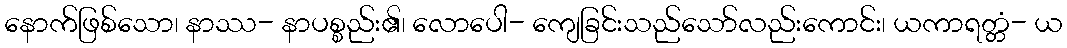
နောက်ဖြစ်သော၊ နာဿ- နာပစ္စည်း၏၊ လောပေါ- ကျေခြင်းသည်သော်လည်းကောင်း၊ ယကာရတ္တံ- ယ